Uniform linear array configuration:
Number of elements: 48
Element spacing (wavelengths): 0.25
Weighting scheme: cosine
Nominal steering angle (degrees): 15
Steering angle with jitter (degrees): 14.476
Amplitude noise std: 0.05
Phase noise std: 0.05

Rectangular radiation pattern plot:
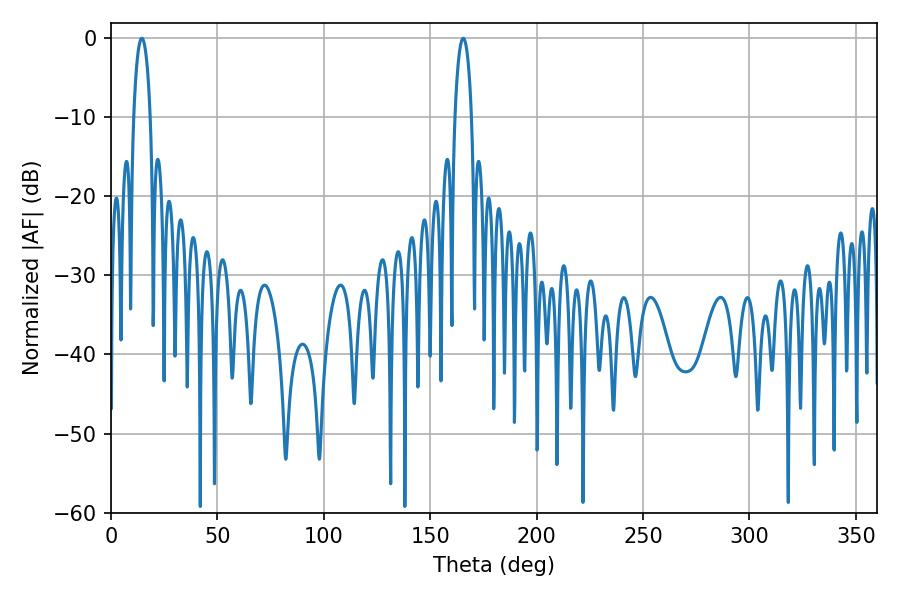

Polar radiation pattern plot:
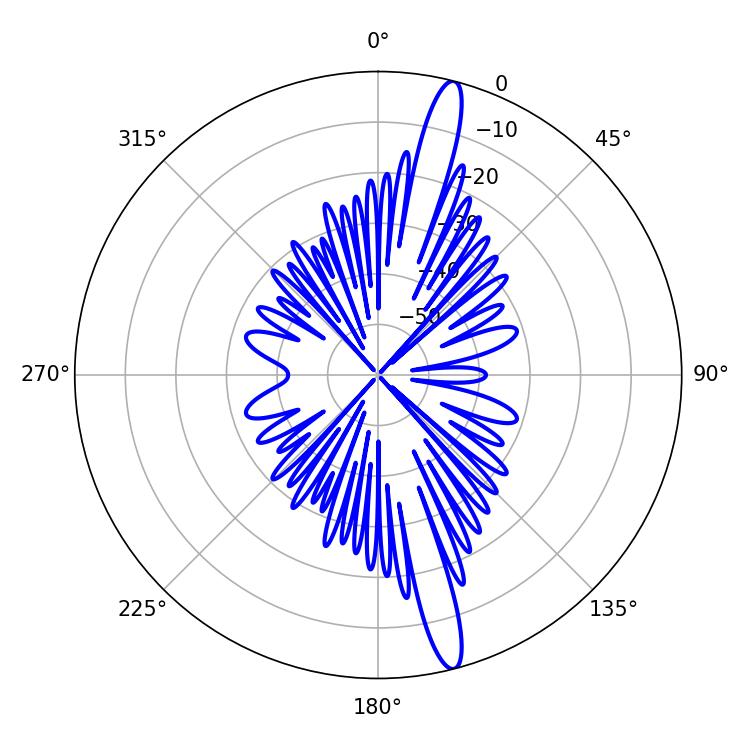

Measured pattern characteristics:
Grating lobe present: FALSE
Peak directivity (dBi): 16.661
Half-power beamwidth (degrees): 4.5
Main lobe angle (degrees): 14.58